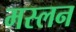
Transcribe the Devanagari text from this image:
मस्लन